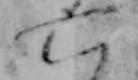
六